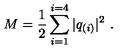
M = \frac { 1 } { 2 } \sum _ { i = 1 } ^ { i = 4 } | q _ { ( i ) } | ^ { 2 } \ .